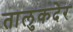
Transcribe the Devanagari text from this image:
तालुकदेर